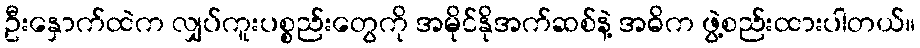
ဦးနှောက်ထဲက လျှပ်ကူးပစ္စည်းတွေကို အမိုင်နိုအက်ဆစ်နဲ့ အဓိက ဖွဲ့စည်းထားပါတယ်။